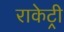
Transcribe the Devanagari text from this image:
राकेट्री